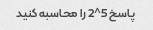
پاسخ 5^2 را محاسبه کنید